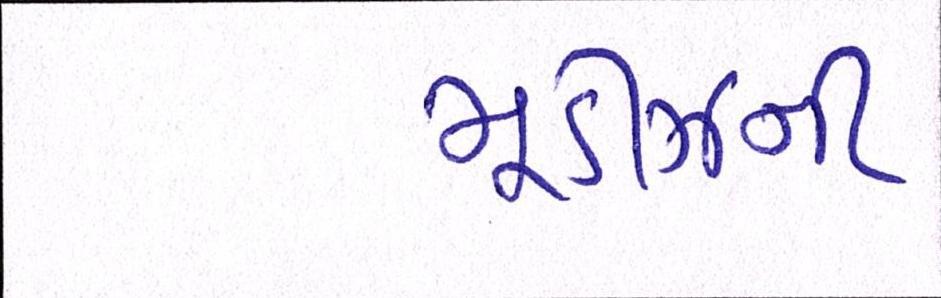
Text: મૂડીઝની